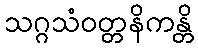
သဂ္ဂသံဝတ္တနိကန္တိ